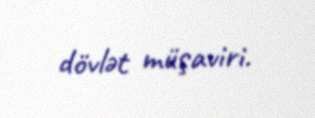
dövlət müşaviri.